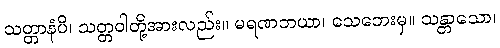
သတ္တာနံပိ၊ သတ္တဝါတို့အားလည်း။ မရဏဘယာ၊ သေဘေးမှ။ သန္တာသော၊